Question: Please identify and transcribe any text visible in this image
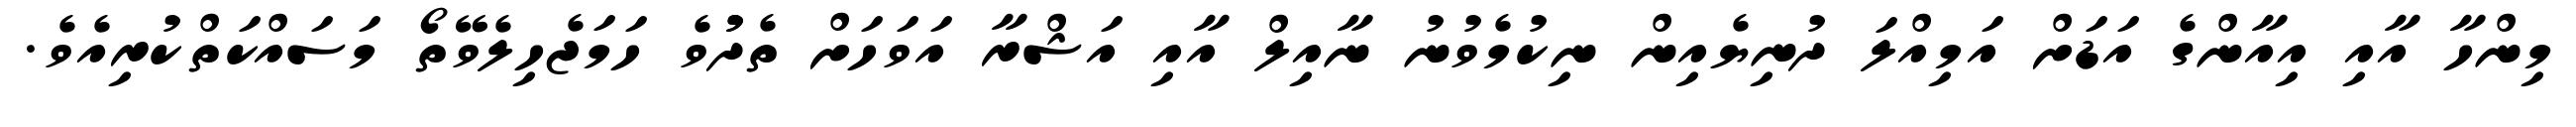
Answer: މިންހާ އާއި އިއާންގެ އަޑަށް އަމިއްލަ ދުނިޔެއިން ނިކުމެވުނު ނާއިލް އާއި އަޝްރާ އަވަހަށް ތެދުުވެ ހަމަޖެހިލެވޭތޯ މަސައްކަތްކުރިއެވެ.